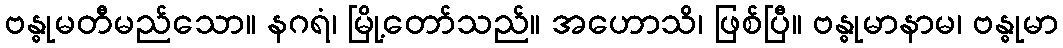
ဗန္ဓုမတီမည်သော။ နဂရံ၊ မြို့တော်သည်။ အဟောသိ၊ ဖြစ်ပြီ။ ဗန္ဓုမာနာမ၊ ဗန္ဓုမာ